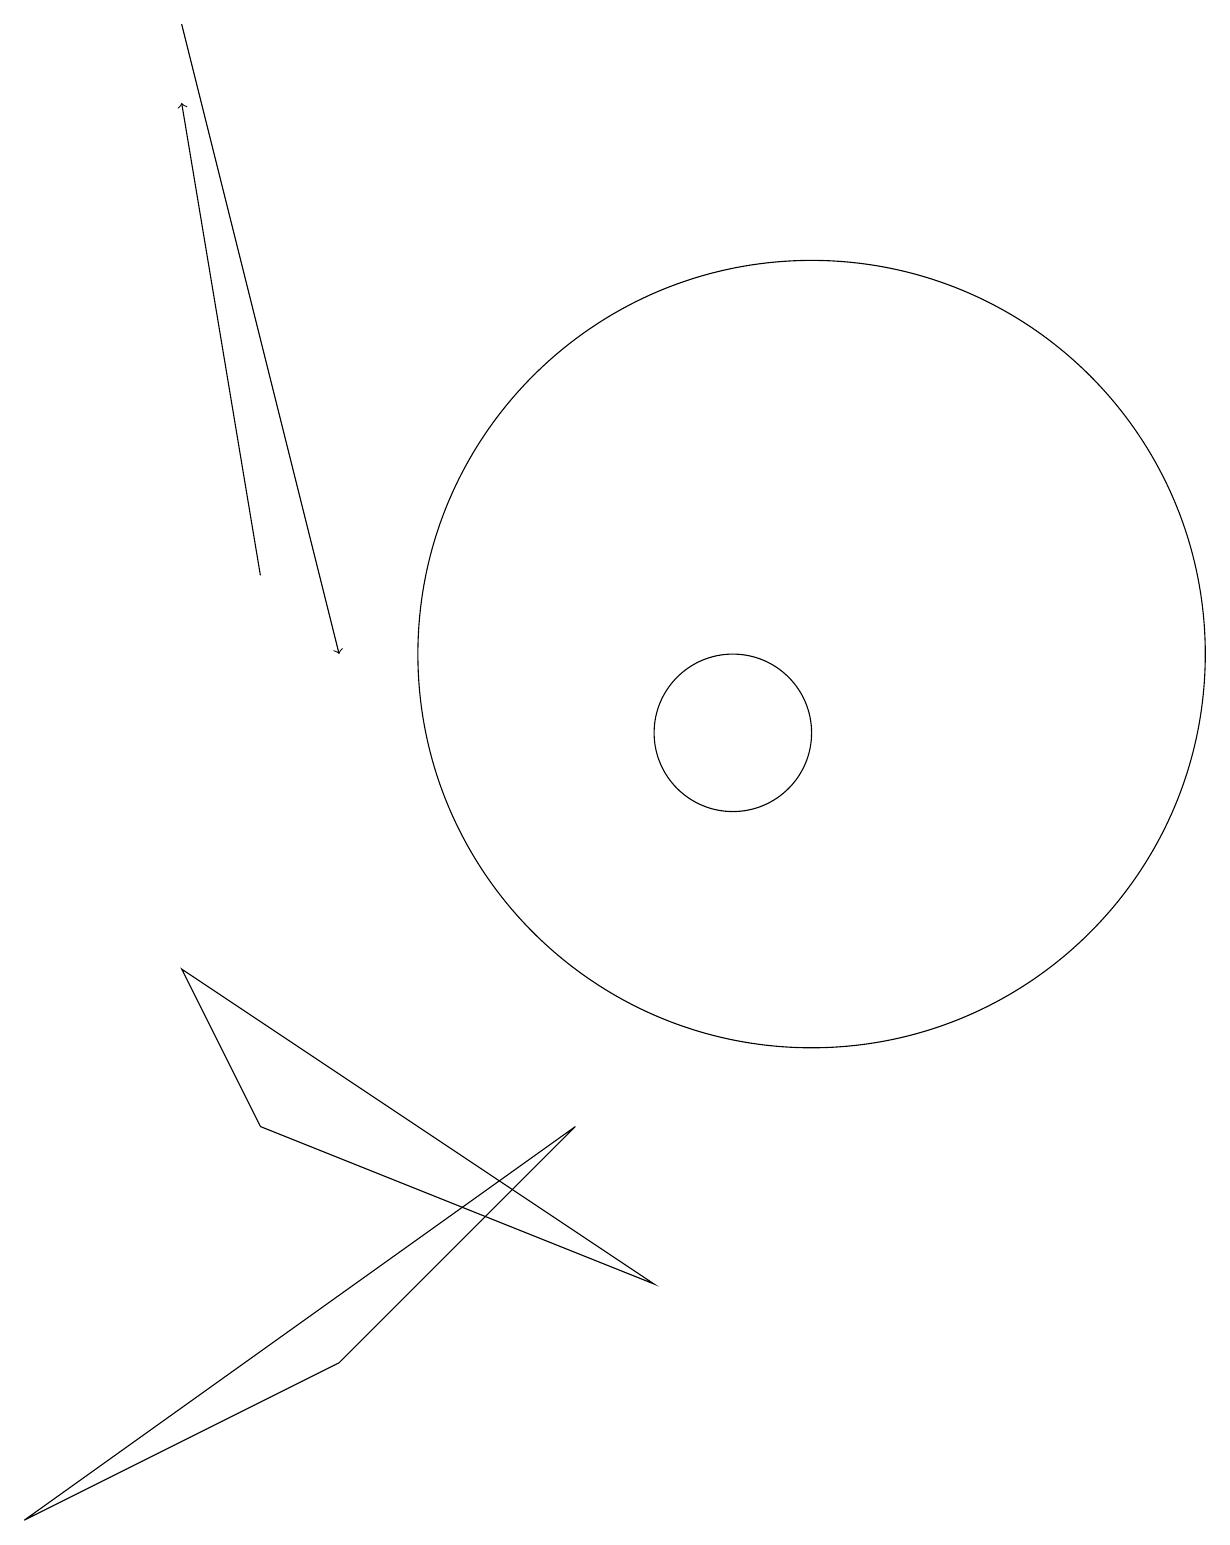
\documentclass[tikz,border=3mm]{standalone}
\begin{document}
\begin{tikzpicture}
\draw[->] (3,19) -- (5,11);
\draw (3,7) -- (4,5) -- (9,3) -- cycle;
\draw (8,5) -- (5,2) -- (1,0) -- cycle;
\draw[->] (4,12) -- (3,18);
\draw (11,11) circle (5);
\draw (10,10) circle (1);
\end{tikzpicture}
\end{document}